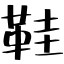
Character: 鞋